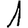
Digit: 1